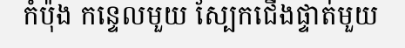
កំប៉ុង កន្ទេលមួយ ស្បែកជើងផ្ទាត់មួយ